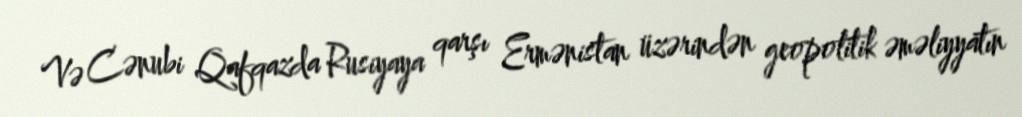
Və Cənubi Qafqazda Rusiyaya qarşı Ermənistan üzərindən geopolitik əməliyyatın